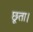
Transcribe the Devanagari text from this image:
छूता।